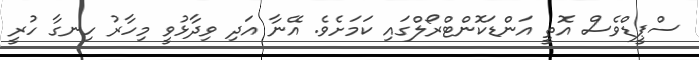
ސްޕީޑްވެސް އޮތީ އަންޑަކޮންޓްރޯލްގައި ކަމަށެވެ. އޭނާ އަދި ވިދާޅުވީ މިހާރު ހިނގާ ހުރީ